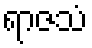
ရာဇသံ